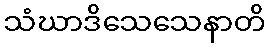
သံဃာဒိသေသေနာတိ